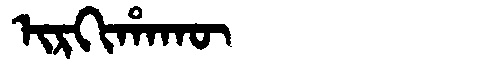
Manchu: ᡳᡵᡴᡳᡥᠠᡴᡡ
Romanization: IRKIHAKŪ